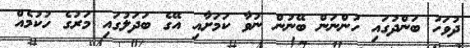
ދުވަހު ބަންދުގައި ހުންނަން ބޭނުން ނުވާ ކަމަށާއި އޭގެ ބަދަލުގައި މަރުގެ ހުކުމެއް